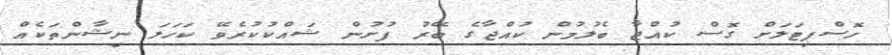
ހޮސްޕިޓަލަށް ގޮސް ކުއްޖާ ބެލުމުން ކުއްޖާގެ ބޭރު ފުށުން ޝައްކުކުރެވޭ ކަހަލަ ނިޝާންތަކެއް